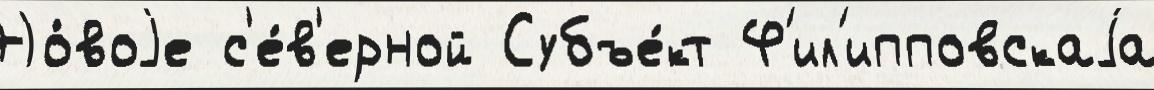
Но́воjе с'е́в'ерной Субъе́кт Ф'ил'ипповскаjа